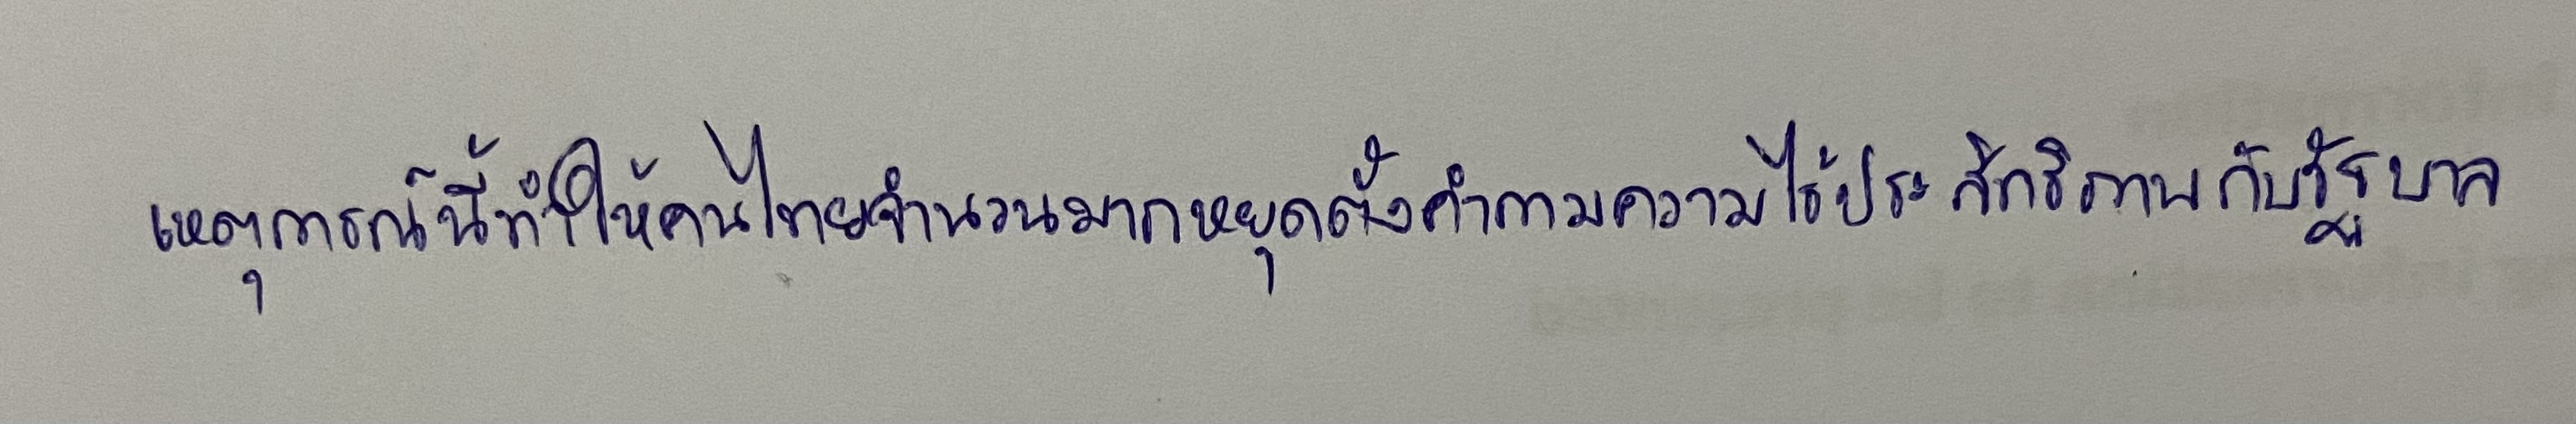
เหตุการณ์นี้ทำให้คนไทยจำนวนมากหยุดตั้งคำถามความไร้ประสิทธิภาพกับรัฐบาล